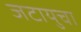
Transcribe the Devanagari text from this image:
जटायुचा